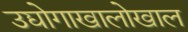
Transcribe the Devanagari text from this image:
उद्योगाखालोखाल